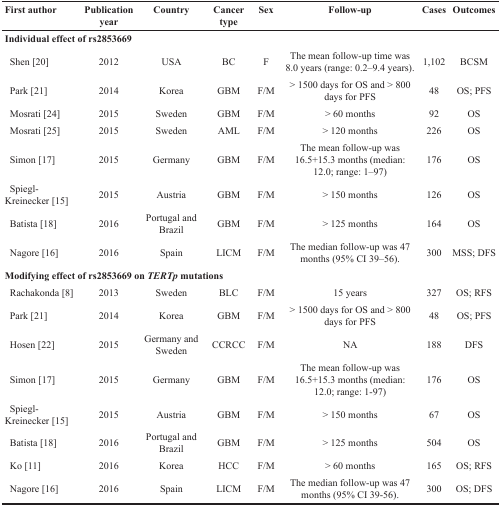
<table><thead><tr><td><b>First author</b></td><td><b>Publicationyear</b></td><td><b>Country</b></td><td><b>Cancertype</b></td><td><b>Sex</b></td><td><b>Follow-up</b></td><td><b>Cases</b></td><td><b>Outcomes</b></td></tr></thead><tbody><tr><td colspan="8"><b>Individual effect of rs2853669</b></td></tr><tr><td> Shen [20]</td><td>2012</td><td>USA</td><td>BC</td><td>F</td><td>The mean follow-up time was 8.0 years (range: 0.2–9.4 years).</td><td>1,102</td><td>BCSM</td></tr><tr><td> Park [21]</td><td>2014</td><td>Korea</td><td>GBM</td><td>F/M</td><td>&gt; 1500 days for OS and &gt; 800 days for PFS</td><td>48</td><td>OS; PFS</td></tr><tr><td> Mosrati [24]</td><td>2015</td><td>Sweden</td><td>GBM</td><td>F/M</td><td>&gt; 60 months</td><td>92</td><td>OS</td></tr><tr><td> Mosrati [25]</td><td>2015</td><td>Sweden</td><td>AML</td><td>F/M</td><td>&gt; 120 months</td><td>226</td><td>OS</td></tr><tr><td> Simon [17]</td><td>2015</td><td>Germany</td><td>GBM</td><td>F/M</td><td>The mean follow-up was 16.5+15.3 months (median: 12.0; range: 1–97)</td><td>176</td><td>OS</td></tr><tr><td> Spiegl-Kreinecker [15]</td><td>2015</td><td>Austria</td><td>GBM</td><td>F/M</td><td>&gt; 150 months</td><td>126</td><td>OS</td></tr><tr><td> Batista [18]</td><td>2016</td><td>Portugal and Brazil</td><td>GBM</td><td>F/M</td><td>&gt; 125 months</td><td>164</td><td>OS</td></tr><tr><td> Nagore [16]</td><td>2016</td><td>Spain</td><td>LICM</td><td>F/M</td><td>The median follow-up was 47 months (95% CI 39–56).</td><td>300</td><td>MSS; DFS</td></tr><tr><td colspan="8"><b>Modifying effect of rs2853669 on <i>TERTp</i> mutations</b></td></tr><tr><td> Rachakonda [8]</td><td>2013</td><td>Sweden</td><td>BLC</td><td>F/M</td><td>15 years</td><td>327</td><td>OS; RFS</td></tr><tr><td> Park [21]</td><td>2014</td><td>Korea</td><td>GBM</td><td>F/M</td><td>&gt; 1500 days for OS and &gt; 800 days for PFS</td><td>48</td><td>OS; PFS</td></tr><tr><td> Hosen [22]</td><td>2015</td><td>Germany and Sweden</td><td>CCRCC</td><td>F/M</td><td>NA</td><td>188</td><td>DFS</td></tr><tr><td> Simon [17]</td><td>2015</td><td>Germany</td><td>GBM</td><td>F/M</td><td>The mean follow-up was 16.5+15.3 months (median: 12.0; range: 1-97)</td><td>176</td><td>OS</td></tr><tr><td> Spiegl-Kreinecker [15]</td><td>2015</td><td>Austria</td><td>GBM</td><td>F/M</td><td>&gt; 150 months</td><td>67</td><td>OS</td></tr><tr><td> Batista [18]</td><td>2016</td><td>Portugal and Brazil</td><td>GBM</td><td>F/M</td><td>&gt; 125 months</td><td>504</td><td>OS</td></tr><tr><td> Ko [11]</td><td>2016</td><td>Korea</td><td>HCC</td><td>F/M</td><td>&gt; 60 months</td><td>165</td><td>OS; RFS</td></tr><tr><td> Nagore [16]</td><td>2016</td><td>Spain</td><td>LICM</td><td>F/M</td><td>The median follow-up was 47 months (95% CI 39-56).</td><td>300</td><td>OS; DFS</td></tr></tbody></table>